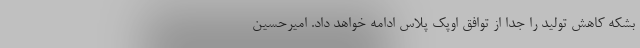
بشکه کاهش تولید را جدا از توافق اوپک پلاس ادامه خواهد داد. امیرحسین